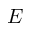
E